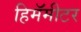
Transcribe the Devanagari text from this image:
हिमॅमीटर